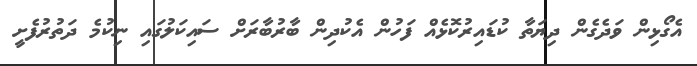
އެގޯޅިން ވަދެގެން ދިޔަތާ ކުޑައިރުކޮޅެއް ފަހުން އެކުދިން ބާރުބާރަށް ސައިކަލުގައި ނިކުމެ ދަތުރުފެށީ